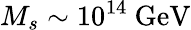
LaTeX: M_{s}\sim 10^{14}~\mathrm{GeV}